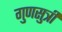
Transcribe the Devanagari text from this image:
गुणसुत्री